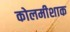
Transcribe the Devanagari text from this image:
कोलमीशाक